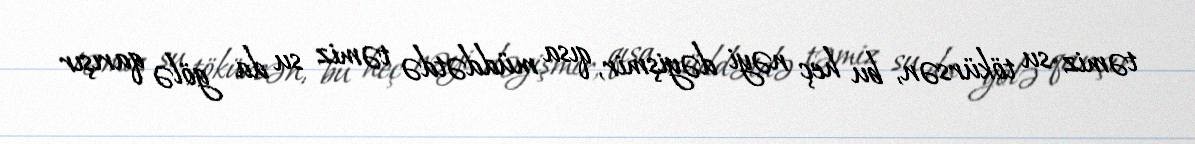
təmiz su tökürsən, bu heç nəyi dəyişmir, qısa müddətdə təmiz su da gölə qarışır